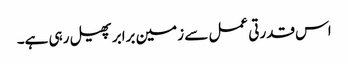
اس قدرتی عمل سے زمین برابر پھیل رہی ہے۔